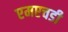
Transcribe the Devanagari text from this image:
एमएचडी